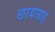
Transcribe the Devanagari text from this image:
छायाग्रह